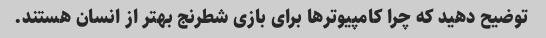
توضیح دهید که چرا کامپیوترها برای بازی شطرنج بهتر از انسان هستند.